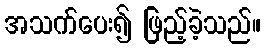
အသက်ပေး၍ ဖြည့်ခဲ့သည်။